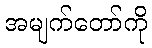
အမျက်တော်ကို